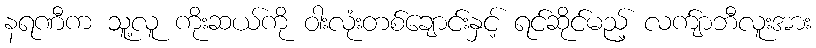
နရဏီက သူ့လူ ကိုးဆယ်ကို ဝါးလုံးတစ်ချောင်းနှင့် ရင်ဆိုင်မည့် လက်ျာဘီလူးအား